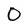
Character: O